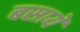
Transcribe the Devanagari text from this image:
बसायें